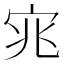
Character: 宨